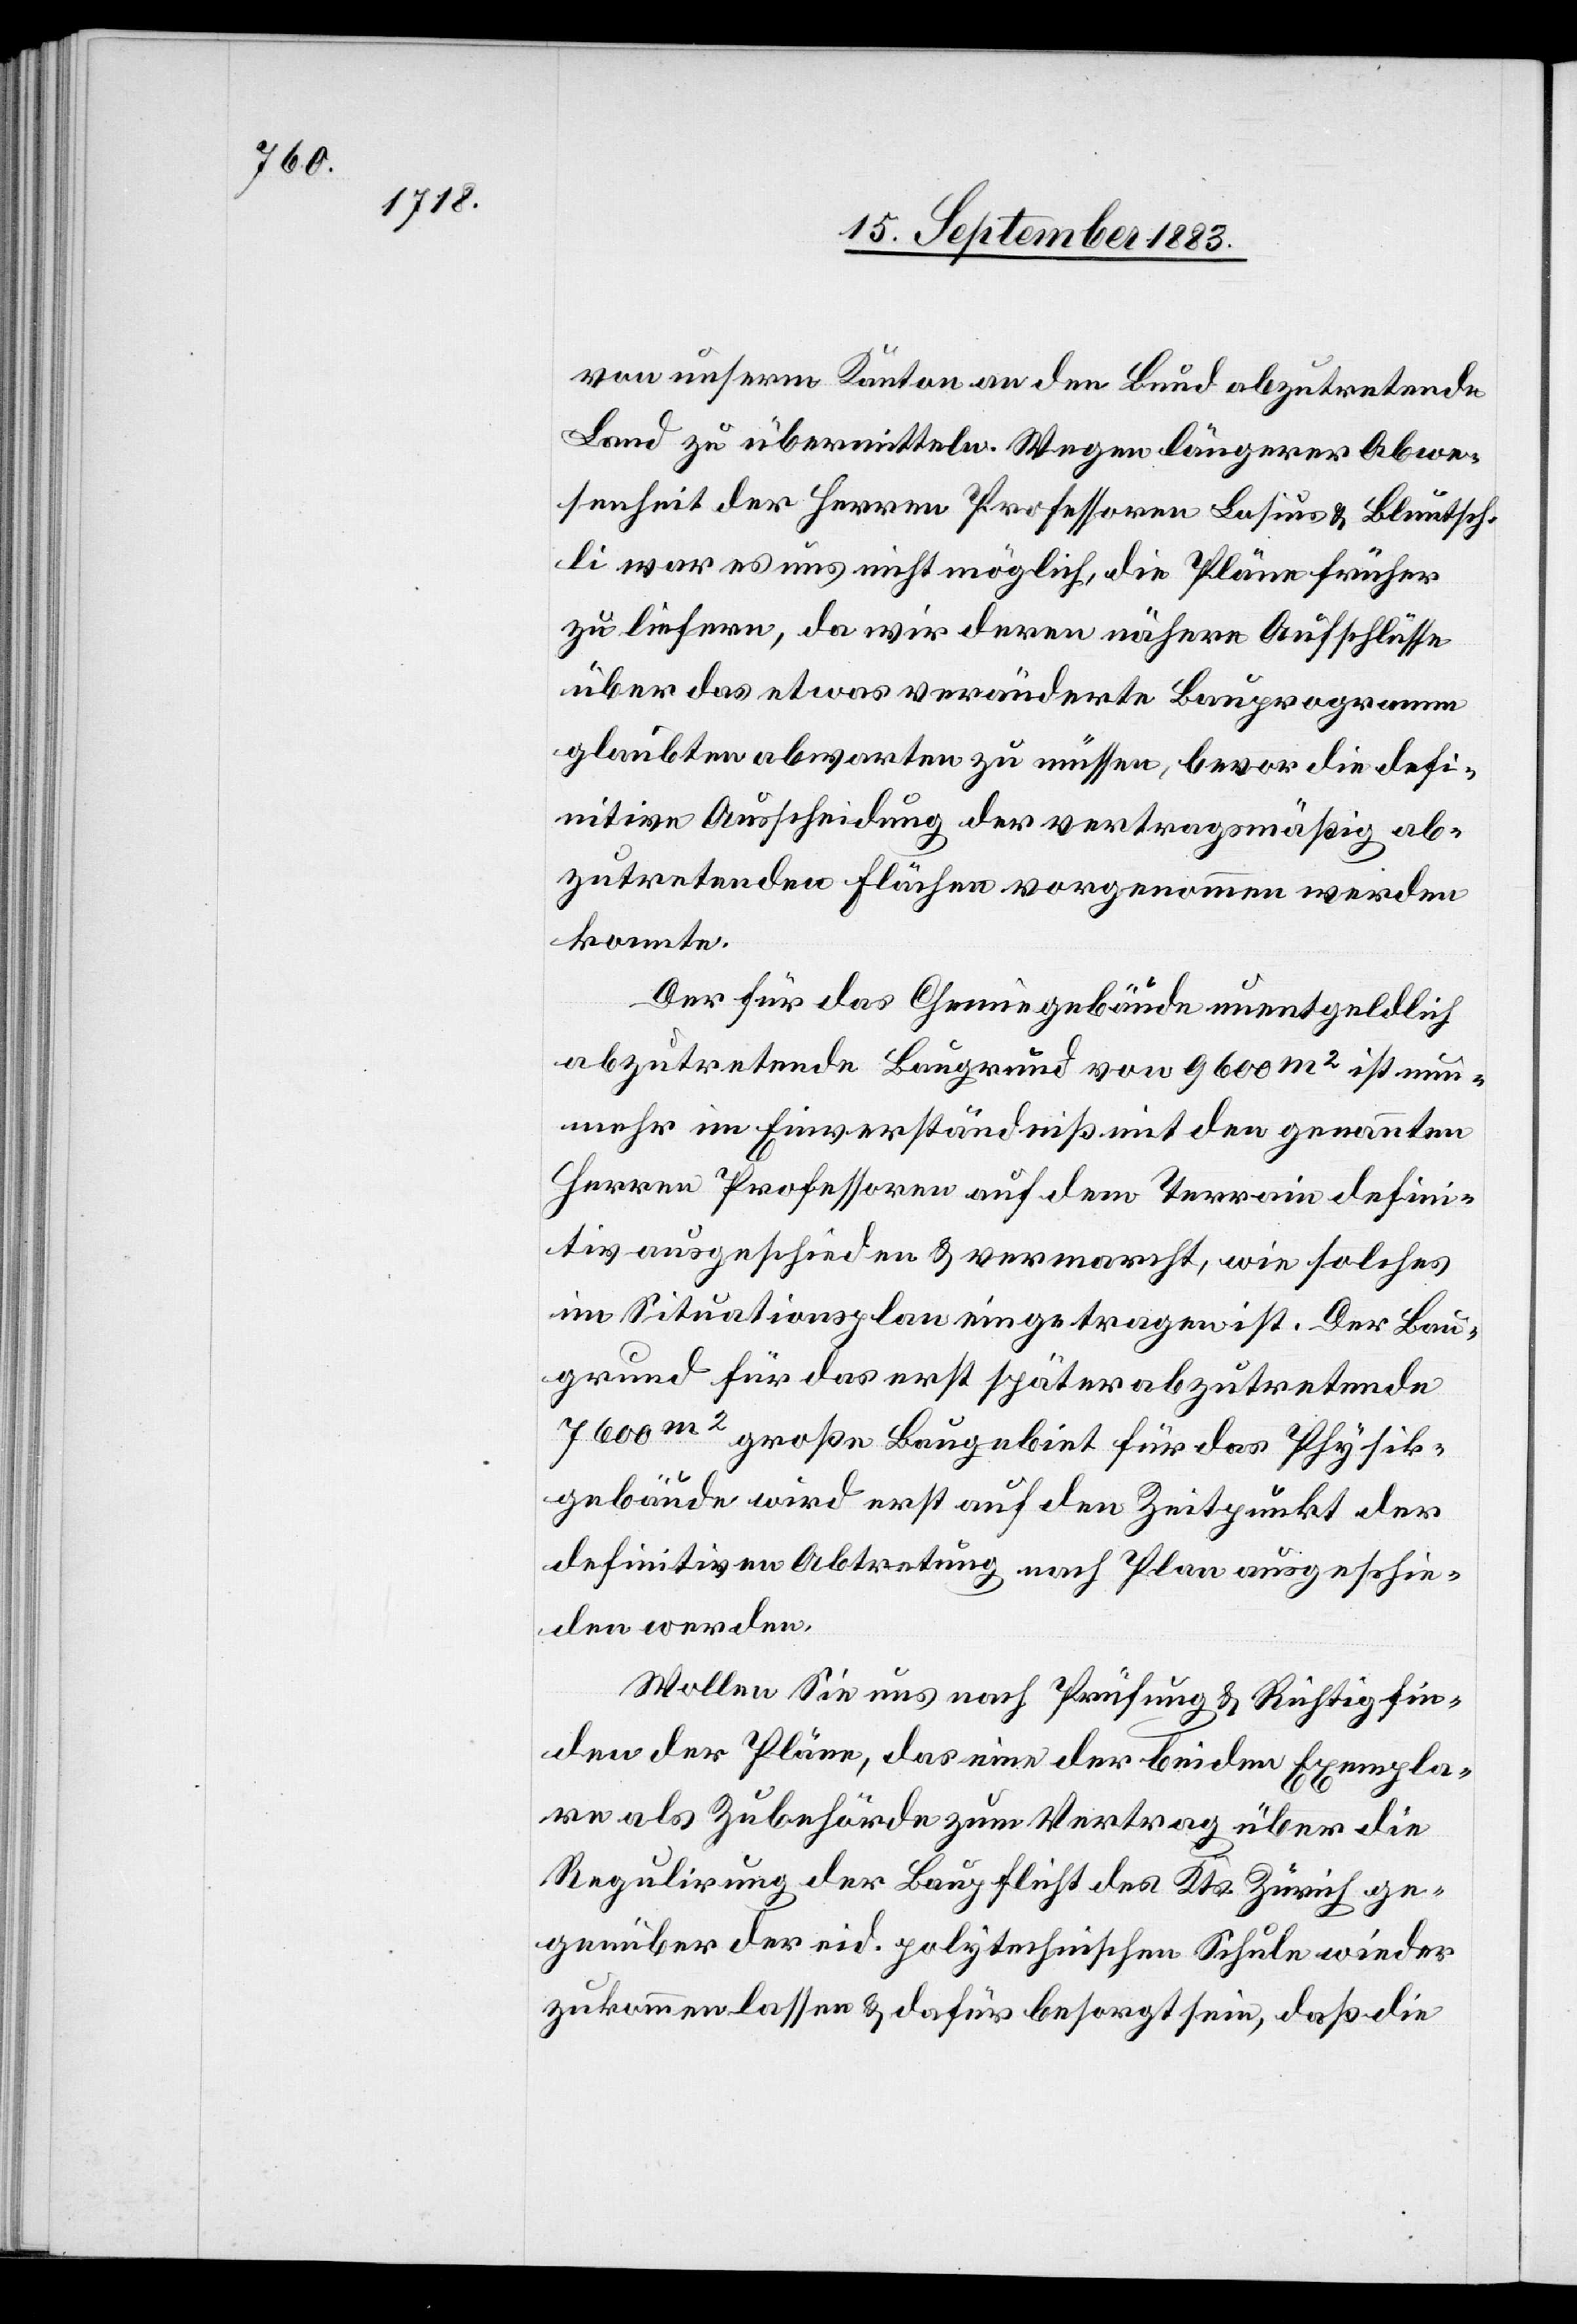
von unserm Kanton an den Bund abzutretende
Land zu übermitteln. Wegen längerer Abwe¬
senheit der Herren Professoren Lasius & Bluntsch¬
li war es uns nicht möglich, die Pläne früher
zu liefern, da wir deren nähere Aufschlüsse
über das etwas veränderte Bauprogramm
glaubten abwarten zu müssen, bevor die defi¬
nitive Ausscheidung des vertragsmäßig ab¬
zutretenden Flächen vorgenommen werden
konnte.
Der für das Chemiegebäude unentgeldlich
abzutretende Baugrund von 9600 m2 ist nun¬
mehr im Einverständniß mit den genannten
Herren Professoren auf dem Terrain defini¬
tiv ausgeschieden & vermarcht, wie solches
im Situationsplan eingetragen ist. Der Bau¬
grund für das erst später abzutretende
7600m2 große Baugebiet für das Physik¬
gebäude wird erst auf den Zeitpunkt der
definitive Abtretung nach Plan ausgeschie¬
den werden.
Wollen Sie uns nach Prüfung & Richtigfin¬
den der Pläne, das eine der beiden Exempla¬
re als Zubehörde zum Vertrag über die
Regulirung der Baupflicht des Kts. Zürich ge¬
genüber der eid. polytechnischen Schule wieder
zukommen lassen & dafür besorgt sein, daß die